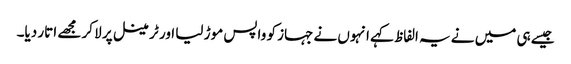
جیسے ہی میں نے یہ الفاظ کہے انہوں نے جہاز کو واپس موڑ لیا اور ٹرمینل پر لا کر مجھے اتار دیا۔